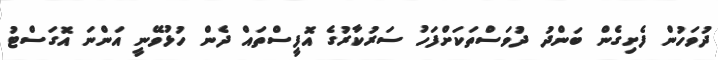
ދުވަހުން ފެށިގެން ބަންދު ދުވަސްތަކަށްފަހު ސަރުކާރުގެ އޮފީސްތައް ދެން ހުޅުވޭނީ އަންނަ އޮގަސްޓު